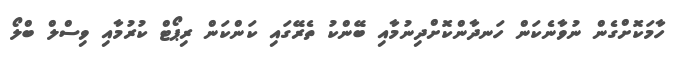
ހާމަކޮށްގެން ނުވާނެކަން ހަނދާންކޮށްދިނުމާއި ބޭންކު ތެރޭގައި ކަންކަން ރިޕޯޓް ކުރުމާއި ވިސްލް ބްލޯ